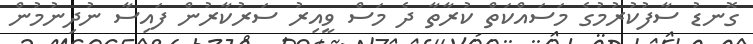
ގޮނޑު ސާފުކުރުމުގެ މަސައްކަތް ކުރާތާ ދެ މަސް ވީއިރު ސަރުކާރުން ފައިސާ ނުދިނުމުން